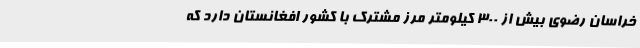
خراسان رضوی بیش از 300 کیلومتر مرز مشترک با کشور افغانستان دارد که